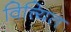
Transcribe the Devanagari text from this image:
वित्त्यित